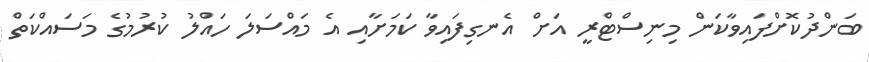
ބަންދުކޮށްފައިވާކަން މިނިސްޓްރީ އަށް އެނގިފައިވާ ކަމަށާއި އެ މައްސަލަ ހައްލު ކުރުމުގެ މަސައްކަތް